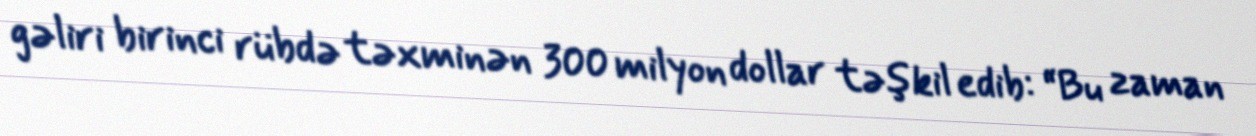
gəliri birinci rübdə təxminən 300 milyon dollar təşkil edib: “Bu zaman